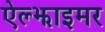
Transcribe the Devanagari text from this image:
ऐल्झाइमर